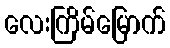
လေးကြိမ်မြောက်